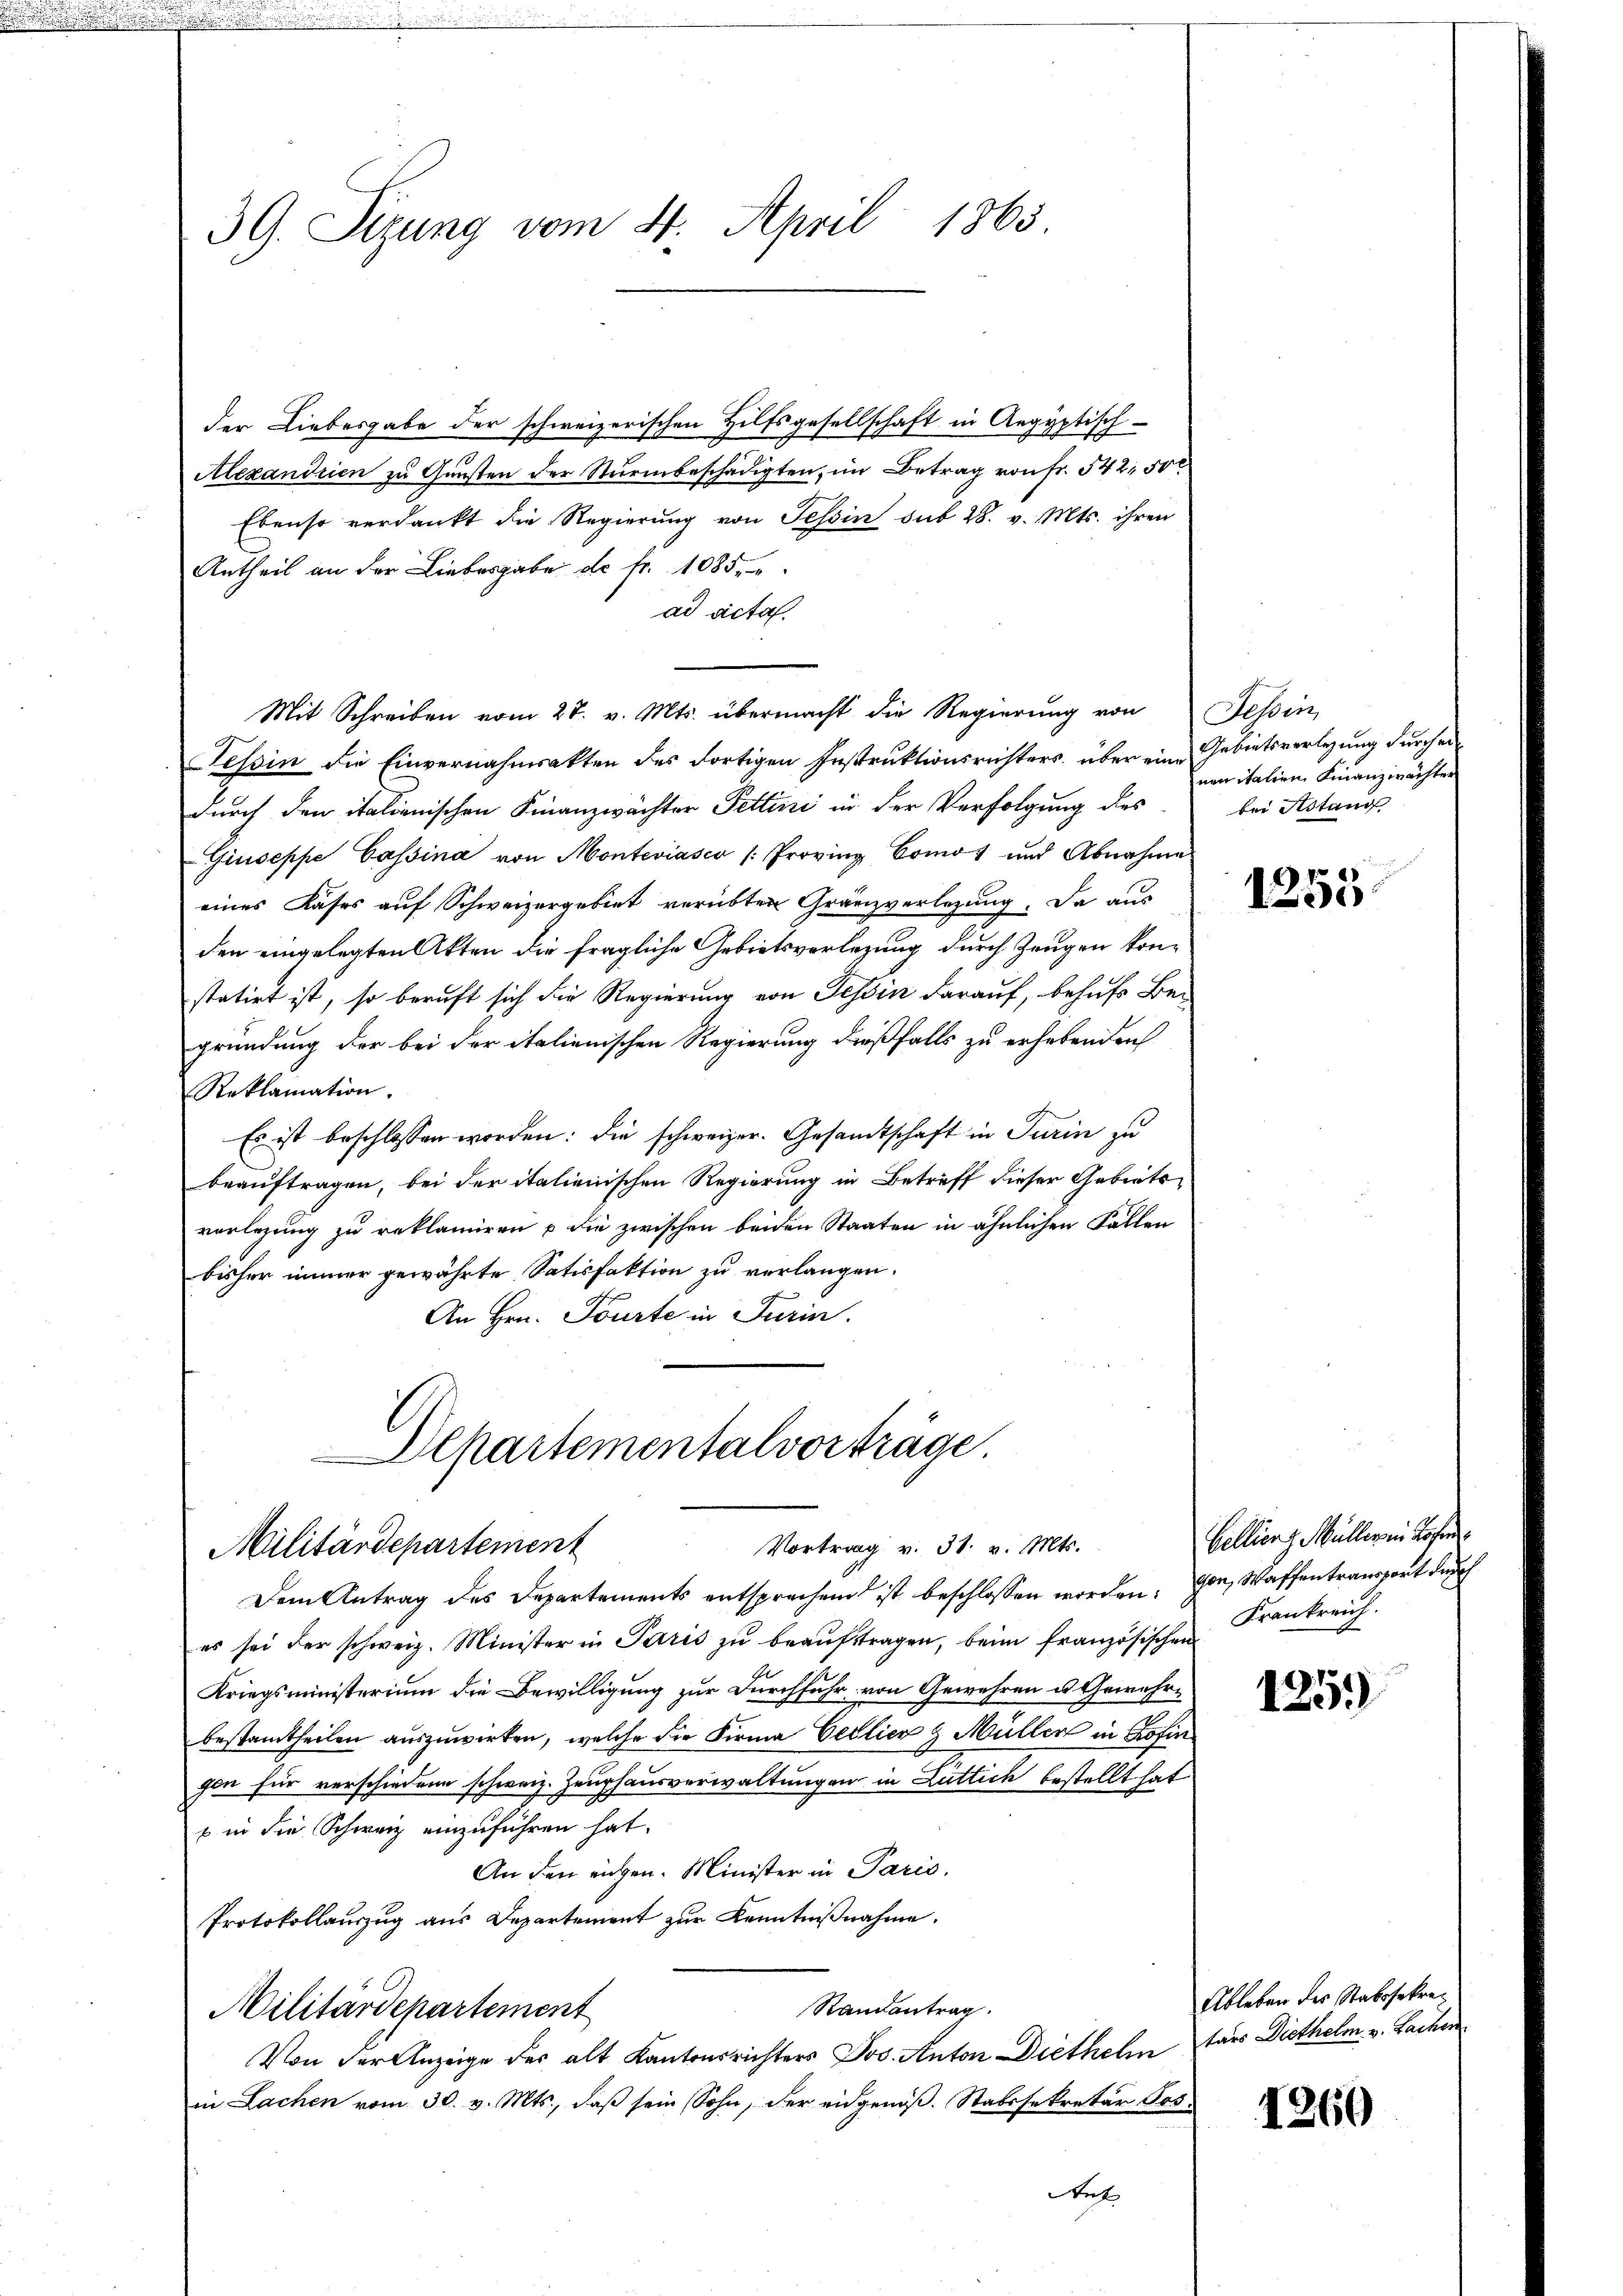
e

e

39. Sizung vom 4. April 1865.

der Liebesgabe der schweizerischen Hilfsgesellschaft in Aegyptisch-
Alexandrien zu Gunsten der Sturmbeschädigten, im Betrag von Fr. 542. 500
Ebenso verdankt die Regierung von Tessin sub 28. v. Mts. ihren
Antheil an der Liebesgabe de fr. 1085.
ad acta.
Mit Schreiben vom 27. v. Mts. übermacht die Regierŭng von Jehin
Tessin die Einvernahmsakten des dortigen Instruktionsrichters, über eine Gebietsverlegung durch erdurch den italienischen Finanzwächter Fettini in der Verfolgung des
Giuseppe Cassina von Monteviasco /: Provinz Comos und Abnahme
eines Kases auf Schweizergebiet verübter Gränzverlegung. Da aus
den eingelegten Akten die fragliche Gebietsverlegung durch Zeugen konstatirt ist, so beruft sich die Regierung von Tessin darauf, behufs Be-
gründung der bei der italienischen Regierung dießfalls zu erhebenden
Reklamation.
Es ist beschlossen worden: die schweizer. Gesandtschaft in Turin zu
beauftragen, bei der italienischen Regierung in Betreff dieser Gebietsverlegung zu reklamiren u die zwischen beiden Staaten in ähnlichen Fällen
bisher immer gewährte Satisfaktion zu verlangen.
An Hrn. Tourte in Turin.

Departementalvorträge.
Vortrag v. 31. v. Mts.
Militärdepartement

Dem Antrag des Departements entsprachend ist beschlossen worden; von Waffentransport durch
es sei der schweiz. Minister in Paris zu beauftragen, beim französischen
Kriegsministerium die Bewilligung zur Durchfuhr von Gewehren u. Gewehrbestamtheilen auszuwirken, welche die Firma Cellier & Müller in Zofin
gen für verschiedene schweiz. Zeughausverwaltungen in Luttich bestellt hat
s in die Schweiz einzuführen hat.
An den eichen. Minister in Paris.
Protokollauszug aus Departement zur Kenntnißnahme.
Randantrag.
Militärdepartement
Von der Anzeige der alt Kantonsrichters Jos. Anton Diethelm fars Diethelm v. Lachen
in Lachen vom 30. v. Mts., daß sein Sohn, der eidgenöß. Stabssekretär Jos.
ut

nen italien Finanzwächter
bei Astand

1255

Bellien 1. Müller in Rosen
Krankreich.

125.)

Ableben des Stabssekre¬

1260